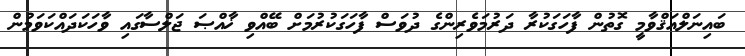
ބައިނަލްއަޤްވާމީ ގޮތުން ފާހަގަކުރާ ދަރުމަވެރިންގެ ދުވަސް ފާހަގަކުރުމަށް ބޭއްވި ޚާއްޞަ ޖަލްސާގައި ވާހަކަދައްކަވަމުން